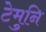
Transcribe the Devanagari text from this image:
टेमुनि